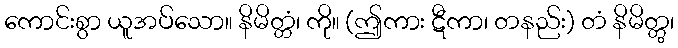
ကောင်းစွာ ယူအပ်သော။ နိမိတ္တံ၊ ကို။ (ဤကား ဋီကာ၊ တနည်း) တံ နိမိတ္တွ၊